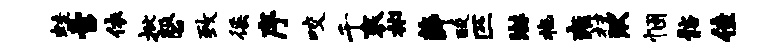
蛙啻依批磬致徭序咬千衮彬薛酸匹淋拖雍抹湫悃髂佳